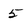
Character: 5